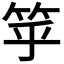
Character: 𥬏